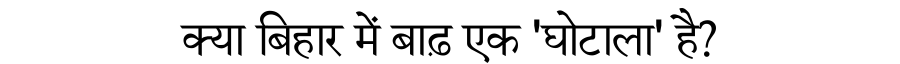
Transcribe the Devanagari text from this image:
क्या बिहार में बाढ़ एक 'घोटाला' है?